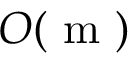
O ( \textrm { m } )